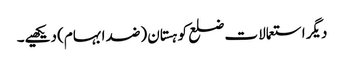
دیگر استعمالات ضلع کوہستان (ضد ابہام) دیکھیے۔